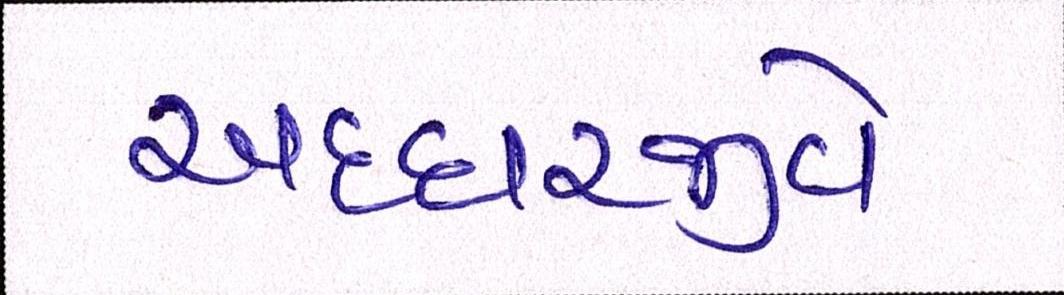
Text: અધ્ધરજીવે